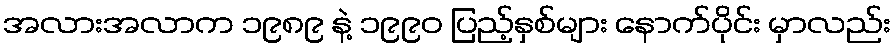
အလားအလာက ၁၉၈၉ နဲ့ ၁၉၉၀ ပြည့်နှစ်များ နောက်ပိုင်း မှာလည်း